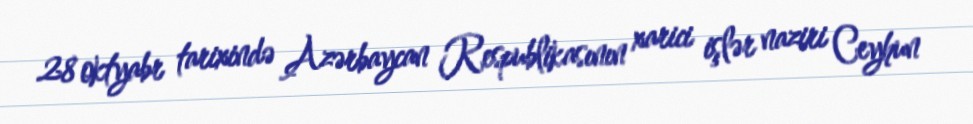
28 oktyabr tarixində Azərbaycan Respublikasının xarici işlər naziri Ceyhun